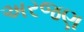
અરજણ